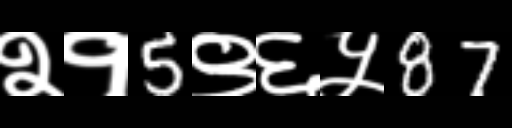
Text: २१5९६५87